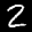
Label: 2